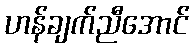
ဟန်ချက်ညီအောင်